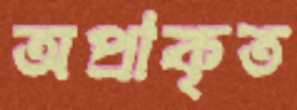
অপ্রাকৃত